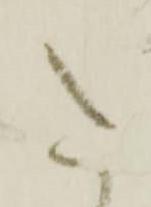
た